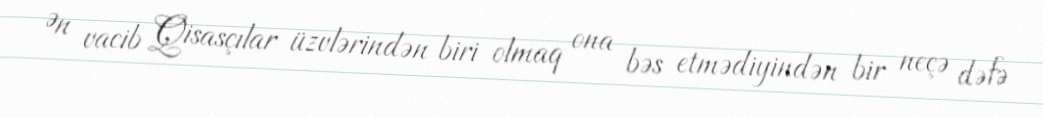
Ən vacib Qisasçılar üzvlərindən biri olmaq ona bəs etmədiyindən bir neçə dəfə